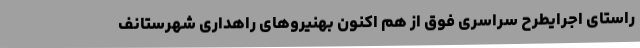
راستای اجرایطرح سراسری فوق از هم اکنون بهنیروهای راهداری شهرستانف